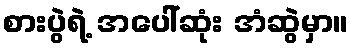
စားပွဲရဲ့ အပေါ်ဆုံး အံဆွဲမှာ။